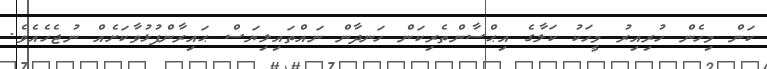
ކަން މިހެން ހުރިއިރު މީހަކު ކަލާގެ އިޙްސާންތެރިކަން ހަނދާން ނައްތައިލިޔަސް ޙައިރާންފުޅުވާކަށެއް ނުޖެހެއެވެ.